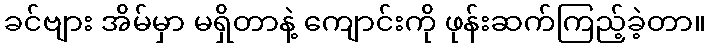
ခင်ဗျား အိမ်မှာ မရှိတာနဲ့ ကျောင်းကို ဖုန်းဆက်ကြည့်ခဲ့တာ။